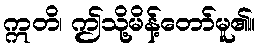
ဣတိ၊ ဤသို့မိန့်တော်မူ၏။